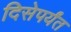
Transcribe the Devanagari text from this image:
दिसेपर्यंत